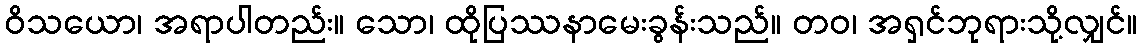
ဝိသယော၊ အရာပါတည်း။ သော၊ ထိုပြဿနာမေးခွန်းသည်။ တဝ၊ အရှင်ဘုရားသို့လျှင်။